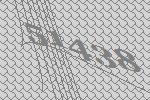
51438